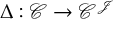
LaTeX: \Delta : { \mathcal { C } } \to { \mathcal { C } } ^ { \mathcal { J } }